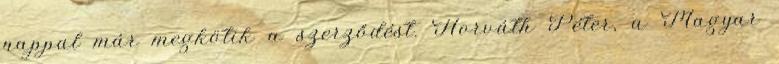
nappal már megkötik a szerződést. Horváth Péter, a Magyar